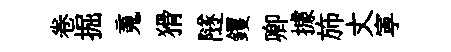
卷掘䰟猾隧钁卿據斾丈寕